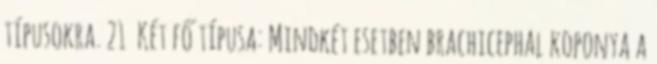
típusokra. 21 Két fő típusa: Mindkét esetben brachicephal koponya a